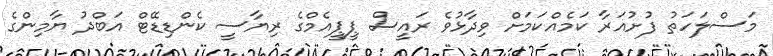
މަސްލަހަތު ފުށުއަރާ ކަމެއްކަމަށް ވިދާޅުވެ ރައީސް ޕީޕީއެމްގެ ރިޔާސީ ކެންޑިޑޭޓް އަބްދު ޔާމިންގެ